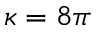
\kappa = 8 \pi